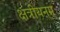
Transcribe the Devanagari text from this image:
क्षत्रीयनम